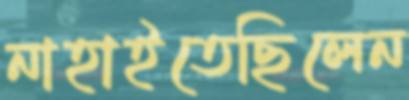
নাহাইতেছিলেন